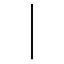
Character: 丨